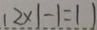
1 2 \times 1 - 1 = 1 1